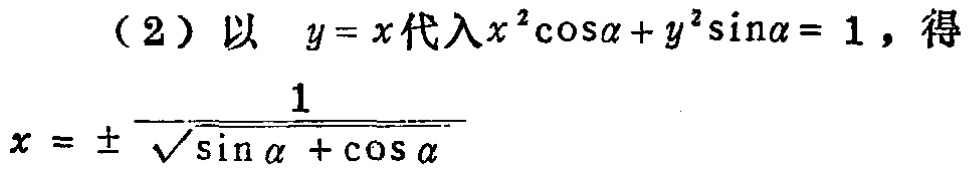
（2）以 \(y = x\) 代入\(x^{2}\cos\alpha + y^{2}\sin\alpha = 1\)，得
\(x = \pm\frac{1}{\sqrt{\sin\alpha + \cos\alpha}}\)